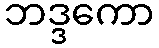
ဘဒ္ဒကော